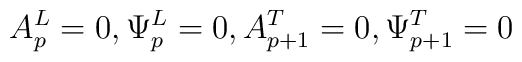
A^{L}_{p} = 0, \Psi_{p}^{L} =0, A^{T}_{p+1}=0, \Psi^{T}_{p+1}=0